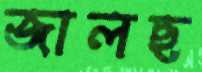
জালছ